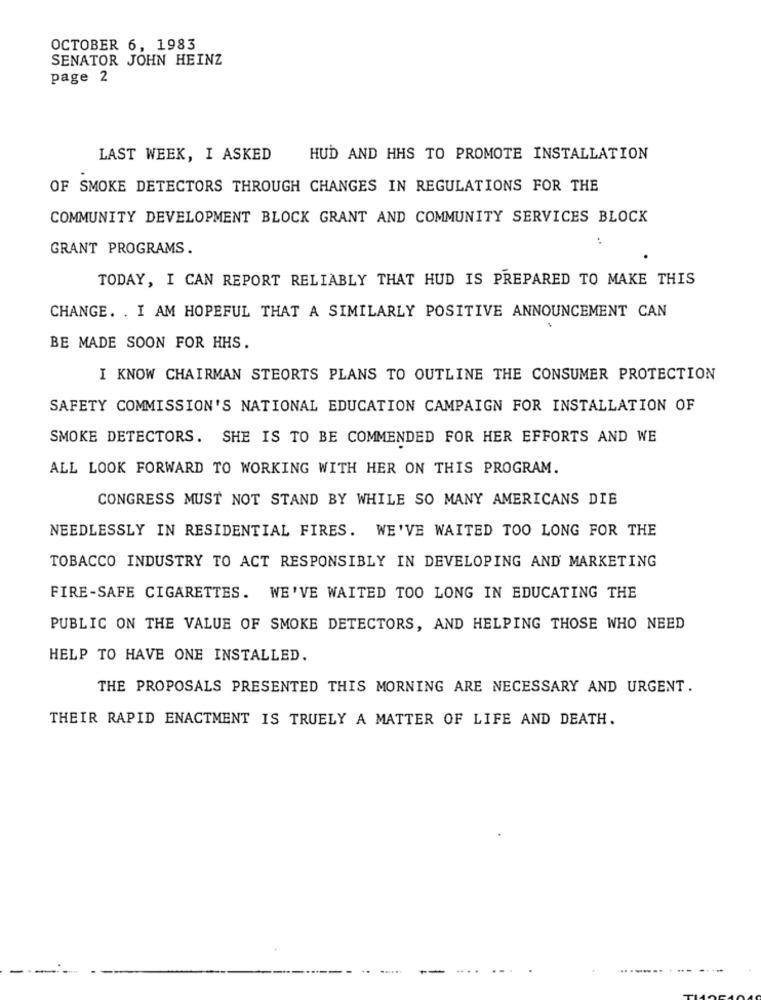
OCTOBER 6, 1983
SENATOR JOHN HEINZ
page 2
LAST WEEK, I ASKED
HUD AND HHS TO PROMOTE INSTALLATION
OF SMOKE DETECTORS THROUGH CHANGES IN REGULATIONS FOR THE
COMMUNITY DEVELOPMENT BLOCK GRANT AND COMMUNITY SERVICES BLOCK
..
GRANT PROGRAMS.
TODAY, I CAN REPORT RELIABLY THAT HUD IS PREPARED TO MAKE THIS
CHANGE. . I AM HOPEFUL THAT A SIMILARLY POSITIVE ANNOUNCEMENT CAN
BE MADE SOON FOR HHS.
I KNOW CHAIRMAN STEORTS PLANS TO OUTLINE THE CONSUMER PROTECTION
SAFETY COMMISSION'S NATIONAL EDUCATION CAMPAIGN FOR INSTALLATION OF
SMOKE DETECTORS. SHE IS TO BE COMMENDED FOR HER EFFORTS AND WE
ALL LOOK FORWARD TO WORKING WITH HER ON THIS PROGRAM.
CONGRESS MUST NOT STAND BY WHILE SO MANY AMERICANS DIE
NEEDLESSLY IN RESIDENTIAL FIRES. WE'VE WAITED TOO LONG FOR THE
TOBACCO INDUSTRY TO ACT RESPONSIBLY IN DEVELOPING AND MARKETING
FIRE-SAFE CIGARETTES. WE'VE WAITED TOO LONG IN EDUCATING THE
PUBLIC ON THE VALUE OF SMOKE DETECTORS, AND HELPING THOSE WHO NEED
HELP TO HAVE ONE INSTALLED.
THE PROPOSALS PRESENTED THIS MORNING ARE NECESSARY AND URGENT.
THEIR RAPID ENACTMENT IS TRUELY A MATTER OF LIFE AND DEATH.
.........